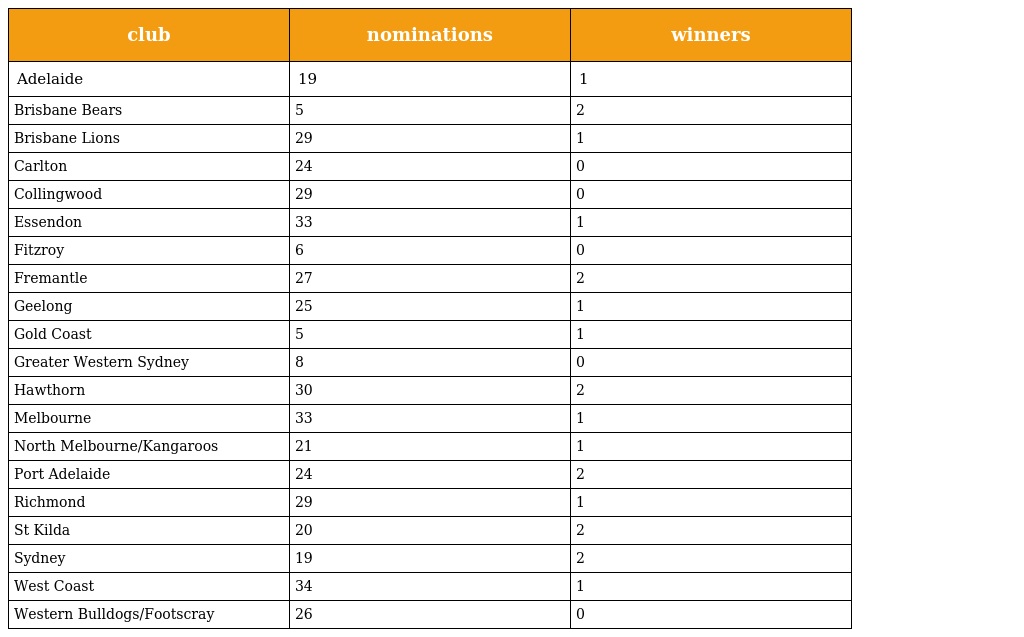
| club | nominations | winners |
 | --- | --- | --- |
 | Adelaide | 19 | 1 |
 | Brisbane Bears | 5 | 2 |
 | Brisbane Lions | 29 | 1 |
 | Carlton | 24 | 0 |
 | Collingwood | 29 | 0 |
 | Essendon | 33 | 1 |
 | Fitzroy | 6 | 0 |
 | Fremantle | 27 | 2 |
 | Geelong | 25 | 1 |
 | Gold Coast | 5 | 1 |
 | Greater Western Sydney | 8 | 0 |
 | Hawthorn | 30 | 2 |
 | Melbourne | 33 | 1 |
 | North Melbourne/Kangaroos | 21 | 1 |
 | Port Adelaide | 24 | 2 |
 | Richmond | 29 | 1 |
 | St Kilda | 20 | 2 |
 | Sydney | 19 | 2 |
 | West Coast | 34 | 1 |
 | Western Bulldogs/Footscray | 26 | 0 |